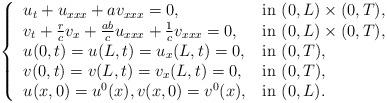
LaTeX: \begin{align*}\left\lbrace \begin{tabular}{l l}$u_t + u_{xxx} + av_{xxx} =0$, & in $(0,L)\times (0,T)$,\\$v_t +\frac{r}{c}v_x+\frac{ab}{c}u_{xxx} + \frac{1}{c}v_{xxx} =0$, & in $(0,L)\times (0,T)$,\\$u(0,t) =u(L,t) =u_{x}(L,t) = 0$,& in $(0,T)$,\\$v(0,t) =v(L,t) =v_{x}(L,t) = 0$,& in $(0,T)$,\\$u(x,0)=u^0(x), v(x,0) = v^0(x)$, & in $(0,L)$.\end{tabular}\right.\end{align*}